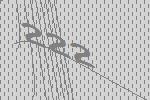
222